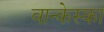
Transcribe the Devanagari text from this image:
वान्केस्का